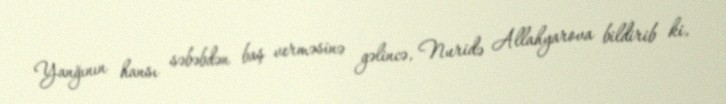
Yanğının hansı səbəbdən baş verməsinə gəlincə, Nuridə Allahyarova bildirib ki,